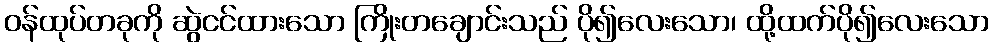
ဝန်ထုပ်တခုကို ဆွဲငင်ထားသော ကြိုးတချောင်းသည် ပို၍လေးသော၊ ထို့ထက်ပို၍လေးသော